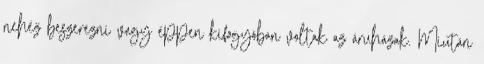
nehéz beszerezni vagy éppen kifogyóban voltak az áruházak. Miután